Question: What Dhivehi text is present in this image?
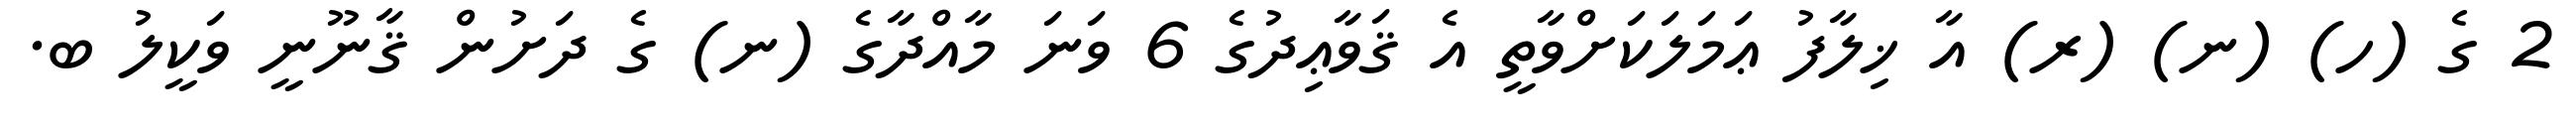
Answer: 2 ގެ (ހ) (ނ) (ރ) އާ ޚިލާފު ޢަމަލަކަށްވާތީ އެ ޤަވާޢިދުގެ 6 ވަނަ މާއްދާގެ (ނ) ގެ ދަށުން ޤާނޫނީ ވަކީލު ބ.